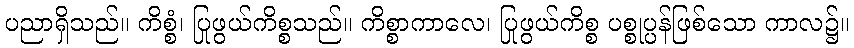
ပညာရှိသည်။ ကိစ္စံ၊ ပြုဖွယ်ကိစ္စသည်။ ကိစ္စာကာလေ၊ ပြုဖွယ်ကိစ္စ ပစ္စုပ္ပန်ဖြစ်သော ကာလ၌။